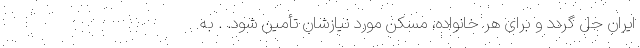
ایران حل گردد و برای هر خانواده، مسکن مورد نیازشان تأمین شود. . به